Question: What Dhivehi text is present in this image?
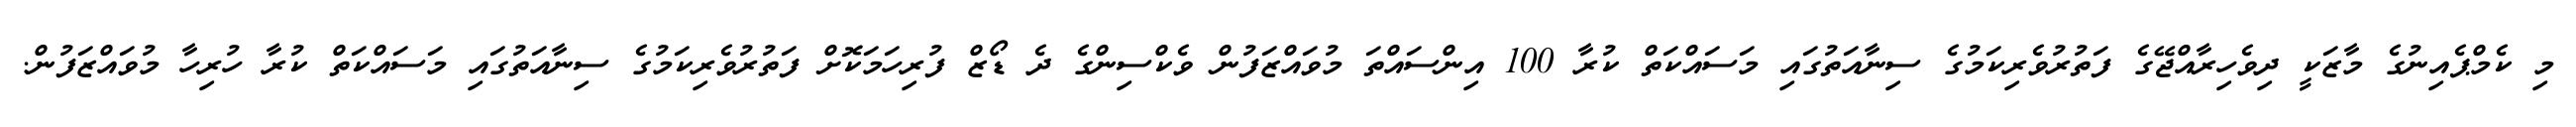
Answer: މި ކެމްޕެއިނުގެ މާޒަކީ ދިވެހިރާއްޖޭގެ ފަތުރުވެރިކަމުގެ ސިނާއަތުގައި މަސައްކަތް ކުރާ 100 އިންސައްތަ މުވައްޒަފުން ވެކްސިންގެ ދެ ޑޯޒް ފުރިހަމަކޮށް ފަތުރުވެރިކަމުގެ ސިނާއަތުގައި މަސައްކަތް ކުރާ ހުރިހާ މުވައްޒަފުން.